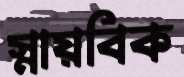
স্নায়বিক